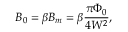
B _ { 0 } = \beta B _ { m } = \beta \frac { \pi \Phi _ { 0 } } { 4 W ^ { 2 } } ,